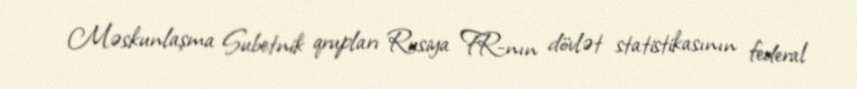
Məskunlaşma Subetnik qrupları Rusiya FR-nın dövlət statistikasının federal